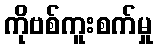
ကိုဗစ်ကူးစက်မှု